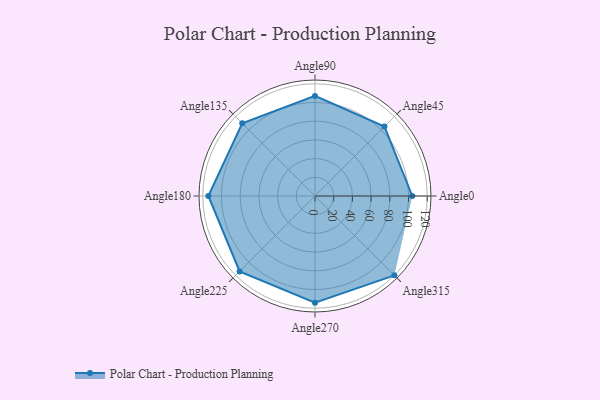
{"axis": {"x": "Angle", "y": "Radius"}, "legend": [""], "data": [{"x": "Angle0", "y": 104.0, "type": ""}, {"x": "Angle45", "y": 105.0, "type": ""}, {"x": "Angle90", "y": 107.0, "type": ""}, {"x": "Angle135", "y": 110.0, "type": ""}, {"x": "Angle180", "y": 114.0, "type": ""}, {"x": "Angle225", "y": 114.0, "type": ""}, {"x": "Angle270", "y": 114.0, "type": ""}, {"x": "Angle315", "y": 120.0, "type": ""}]}